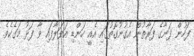
ފަހުން ފަނާގެ ފަރާތުން އެގުނުގޮތުގައި އެއީ ހަންޑި އަވަލާފައި ވާ ފަޅު މަގެކެވެ.